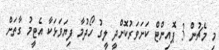
މި މެޗުން 3 ޕޮއިންޓް ކަށަވަރުކޮށްދީ ލީގު ހޯދުމާ ފިޔަވަޅަކާ އެޓީމު ގާތަށް